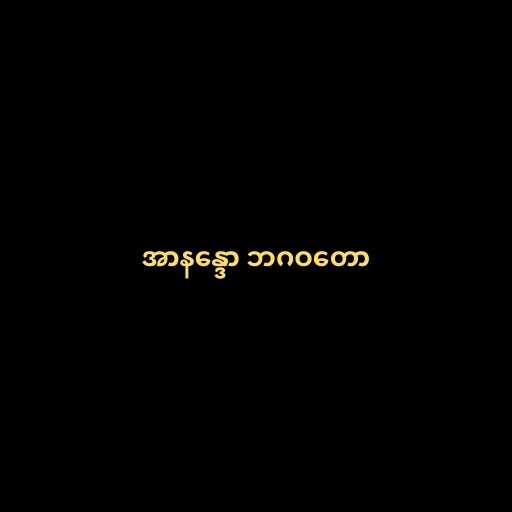
အာနန္ဒော ဘဂဝတော